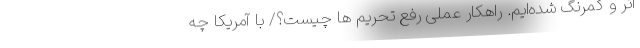
اثر و کمرنگ شده‌ایم. راهکار عملی رفع تحریم ها چیست؟/ با آمریکا چه